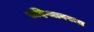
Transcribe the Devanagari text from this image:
संदिग्धावस्था